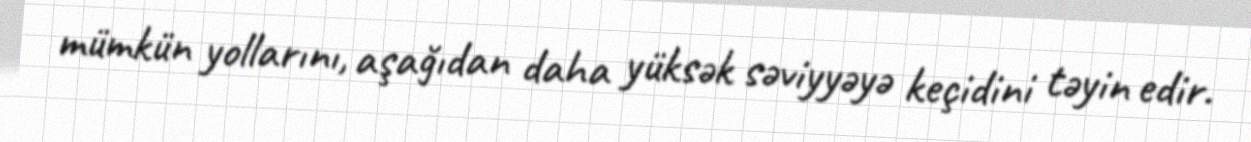
mümkün yollarını, aşağıdan daha yüksək səviyyəyə keçidini təyin edir.